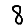
Digit: 8